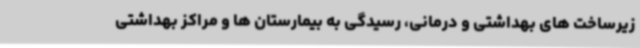
زیرساخت های بهداشتی و درمانی، رسیدگی به بیمارستان ها و مراکز بهداشتی